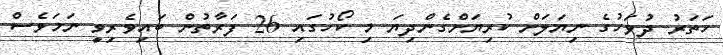
ހަތަރު ދުވަހުގެ ނިޔަލަށް ކުރިޔަށްގެންދިޔަ މި ކޯހުގައި 26 ފަރާތުން ބައިވެރިވީ ނަމަވެސް